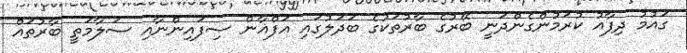
ގައުމު ދިފާއު ކުރަމުންގެންދަނީ ބޭރުގެ ބާރުތަކުގެ ބަދަލުގައި އަފްޣާން ސިފައިންނާއި ސަލާމަތީ ބާރުތައް